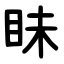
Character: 眛